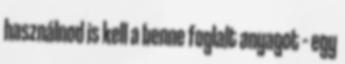
használnod is kell a benne foglalt anyagot – egy